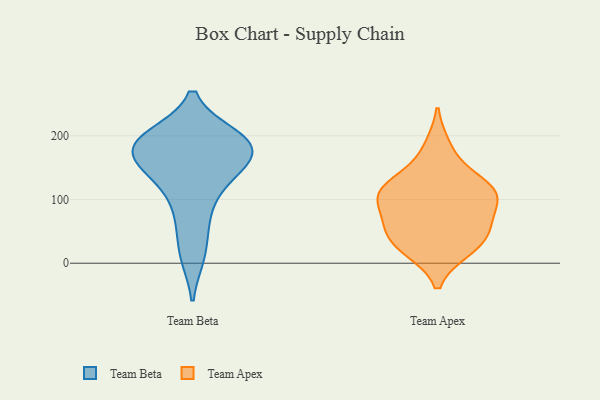
{"axis": {"x": "Inventory Turnover", "y": "Value"}, "legend": ["Team Apex", "Team Beta"], "data": [{"x": "", "y": 12, "type": "Team Beta"}, {"x": "", "y": 67, "type": "Team Beta"}, {"x": "", "y": 177, "type": "Team Beta"}, {"x": "", "y": 199, "type": "Team Beta"}, {"x": "", "y": 154, "type": "Team Beta"}, {"x": "", "y": 145, "type": "Team Beta"}, {"x": "", "y": 178, "type": "Team Beta"}, {"x": "", "y": 199, "type": "Team Beta"}, {"x": "", "y": 185, "type": "Team Beta"}, {"x": "", "y": 114, "type": "Team Beta"}, {"x": "", "y": 106, "type": "Team Apex"}, {"x": "", "y": 72, "type": "Team Apex"}, {"x": "", "y": 21, "type": "Team Apex"}, {"x": "", "y": 39, "type": "Team Apex"}, {"x": "", "y": 99, "type": "Team Apex"}, {"x": "", "y": 55, "type": "Team Apex"}, {"x": "", "y": 54, "type": "Team Apex"}, {"x": "", "y": 115, "type": "Team Apex"}, {"x": "", "y": 183, "type": "Team Apex"}, {"x": "", "y": 140, "type": "Team Apex"}, {"x": "", "y": 110, "type": "Team Apex"}, {"x": "", "y": 21, "type": "Team Apex"}, {"x": "", "y": 114, "type": "Team Apex"}]}